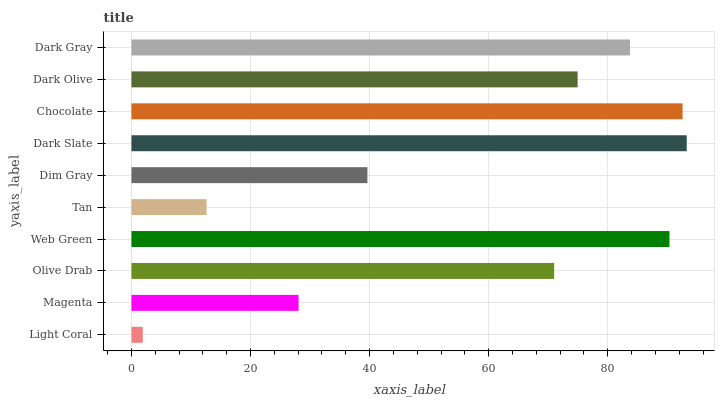
| yaxis_label | bars |
 | --- | --- |
 | Light Coral | 1.9 |
 | Magenta | 28.1 |
 | Olive Drab | 71 |
 | Web Green | 90.4 |
 | Tan | 12.6 |
 | Dim Gray | 39.6 |
 | Dark Slate | 93.3 |
 | Chocolate | 92.6 |
 | Dark Olive | 74.9 |
 | Dark Gray | 83.7 |